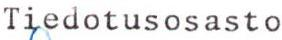
Tiedotusosasto